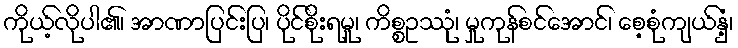
ကိုယ့်လိုပါ၏၊ အာဏာပြင်းပြ၊ ပိုင်စိုးရမူ၊ ကိစ္စဥဿုံ၊ မှုကုန်စင်အောင်၊ စေ့စုံကျယ်နှံ့၊